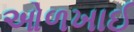
ઓળખાઈ